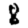
Digit: 8